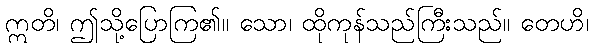
ဣတိ၊ ဤသို့ပြောကြ၏။ သော၊ ထိုကုန်သည်ကြီးသည်။ တေဟိ၊